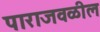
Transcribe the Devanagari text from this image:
पाराजवळील